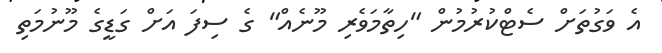
އެ ވަގުތަށް ސެޓްކުރުމުން "ހިތާމަވެރި މޫނެއް" ގެ ސިފަ އަށް ގަޑީގެ މޫނުމަތި